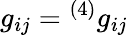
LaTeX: g_{ij}={^{(4)}}g_{ij}